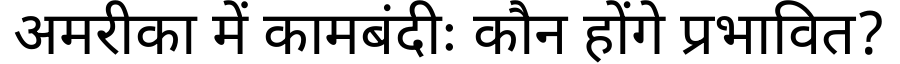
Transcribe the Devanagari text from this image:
अमरीका में कामबंदीः कौन होंगे प्रभावित?